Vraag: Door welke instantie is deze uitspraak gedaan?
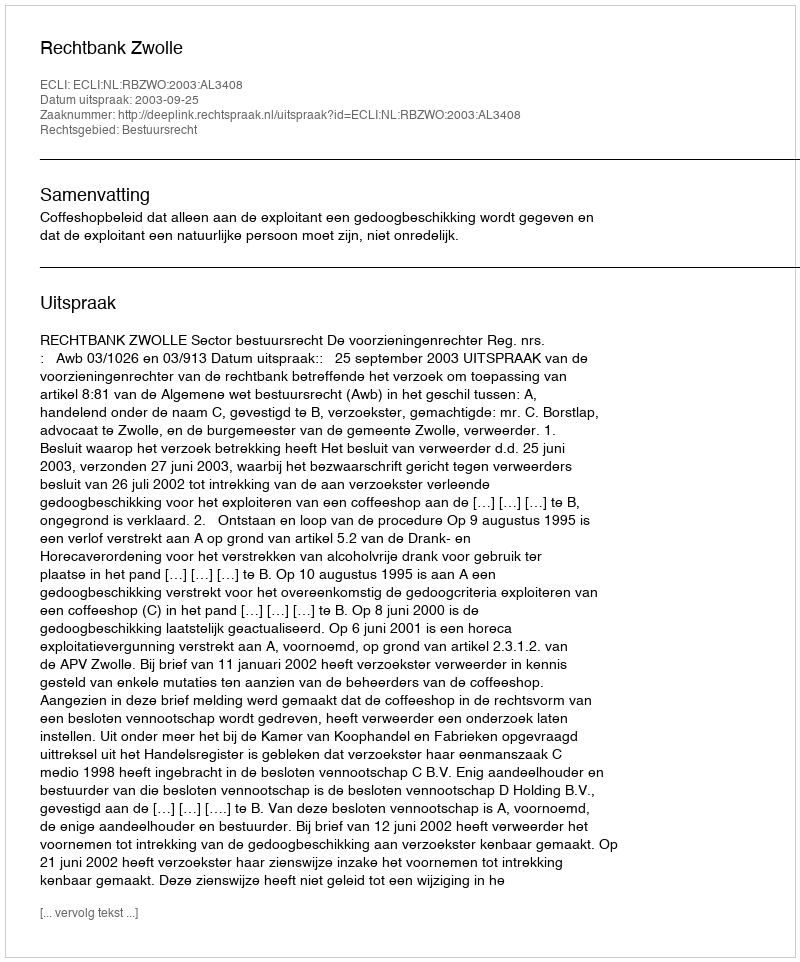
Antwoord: Rechtbank Zwolle